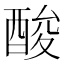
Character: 酸